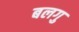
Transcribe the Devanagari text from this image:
बलगु